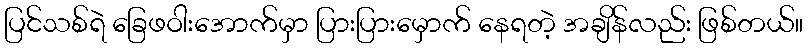
ပြင်သစ်ရဲ ခြေဖဝါးအောက်မှာ ပြားပြားမှောက် နေရတဲ့ အချိန်လည်း ဖြစ်တယ်။